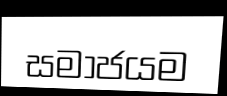
සමාජයම